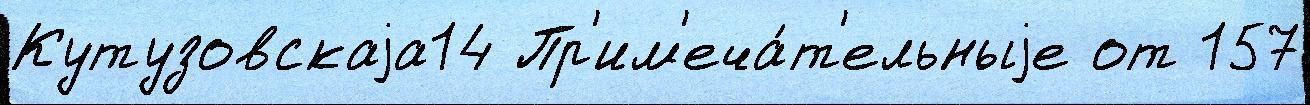
Кутузовскаjа14 Пр'им'еча́т'ельныjе от 157